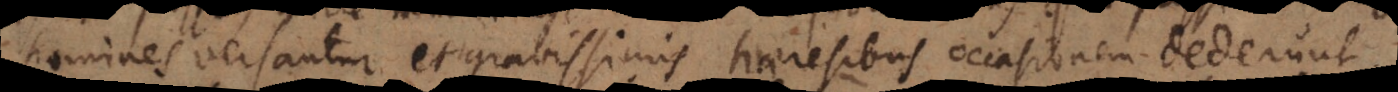
homines versantur et gravissimis haeresibus occasionem dederun